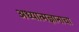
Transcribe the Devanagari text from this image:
अध्यात्मज्ञानाचा